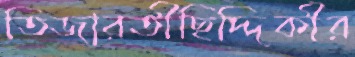
তিজারতীছিদ্দিকীর